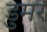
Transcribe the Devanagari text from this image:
डुमर